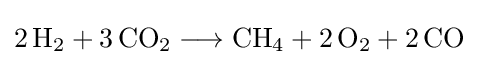
{2\,\mathrm {H} {\vphantom {A}}_{\smash[{t}]{2}}{}+{}3\,\mathrm {CO} {\vphantom {A}}_{\smash[{t}]{2}}{}\mathrel {\longrightarrow } {}\mathrm {CH} {\vphantom {A}}_{\smash[{t}]{4}}{}+{}2\,\mathrm {O} {\vphantom {A}}_{\smash[{t}]{2}}{}+{}2\,\mathrm {CO} }